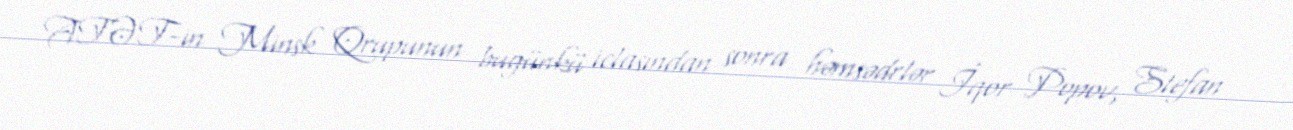
ATƏT-in Minsk Qrupunun bugünkü iclasından sonra həmsədrlər İqor Popov, Stefan